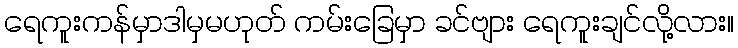
ရေကူးကန်မှာဒါမှမဟုတ် ကမ်းခြေမှာ ခင်ဗျား ရေကူးချင်လို့လား။